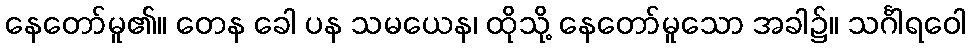
နေတော်မူ၏။ တေန ခေါ ပန သမယေန၊ ထိုသို့ နေတော်မူသော အခါ၌။ သင်္ဂါရဝေါ